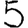
Digit: 5